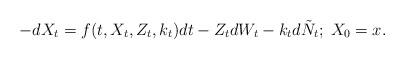
LaTeX: \begin{align*}-dX_t= f(t,X_t, Z_t,k_t ) dt - Z_t dW_t- k_t d\tilde N_t ; \; X_0=x.\end{align*}